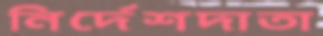
নির্দেশদাতা